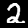
Digit: 2